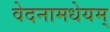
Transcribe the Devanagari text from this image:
वेदनामधेयम्